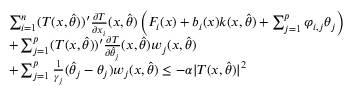
\begin{array} { r l } & { \sum _ { i = 1 } ^ { n } ( T ( x , \hat { \theta } ) ) ^ { \prime } \frac { \partial T } { \partial x _ { i } } ( x , \hat { \theta } ) \left( F _ { i } ( x ) + b _ { i } ( x ) k ( x , \hat { \theta } ) + \sum _ { j = 1 } ^ { p } \varphi _ { i , j } \theta _ { j } \right) } \\ & { + \sum _ { j = 1 } ^ { p } ( T ( x , \hat { \theta } ) ) ^ { \prime } \frac { \partial T } { \partial \hat { \theta } _ { j } } ( x , \hat { \theta } ) w _ { j } ( x , \hat { \theta } ) } \\ & { + \sum _ { j = 1 } ^ { p } \frac { 1 } { \gamma _ { j } } ( \hat { \theta } _ { j } - \theta _ { j } ) w _ { j } ( x , \hat { \theta } ) \leq - \alpha \vert T ( x , \hat { \theta } ) \vert ^ { 2 } } \end{array}